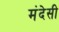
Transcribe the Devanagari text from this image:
मंदेसी